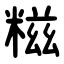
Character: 糍